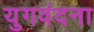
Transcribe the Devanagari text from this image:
युगवंदना